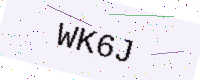
Text: WK6J